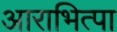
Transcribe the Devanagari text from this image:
आराभित्पा